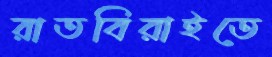
রাতবিরাইতে